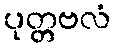
ပုတ္တဗလံ